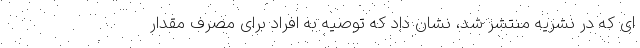
ای که در نشریه منتشر شد، نشان داد که توصیه به افراد برای مصرف مقدار